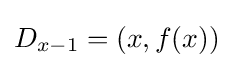
D_{x-1}=(x,f(x))